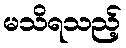
မသိရသည့်